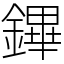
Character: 鏎